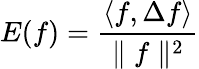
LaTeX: E(f)=\frac{\left<f,\Delta f\right>}{\parallel f\parallel^{2}}